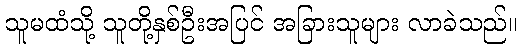
သူမထံသို့ သူတို့နှစ်ဦးအပြင် အခြားသူများ လာခဲသည်။